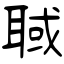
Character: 聝